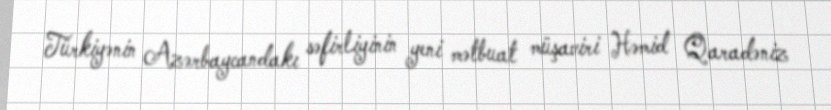
Türkiyənin Azərbaycandakı səfirliyinin yeni mətbuat müşaviri Həmid Qaradəniz